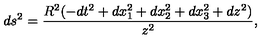
d s ^ { 2 } = { \frac { R ^ { 2 } ( - d t ^ { 2 } + d x _ { 1 } ^ { 2 } + d x _ { 2 } ^ { 2 } + d x _ { 3 } ^ { 2 } + d z ^ { 2 } ) } { z ^ { 2 } } } ,